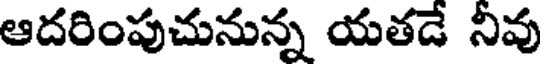
ఆదరింపుచునున్న యతడే నీవు